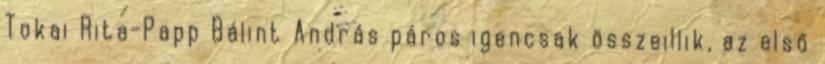
Tokai Rita-Papp Bálint András páros igencsak összeillik, az első